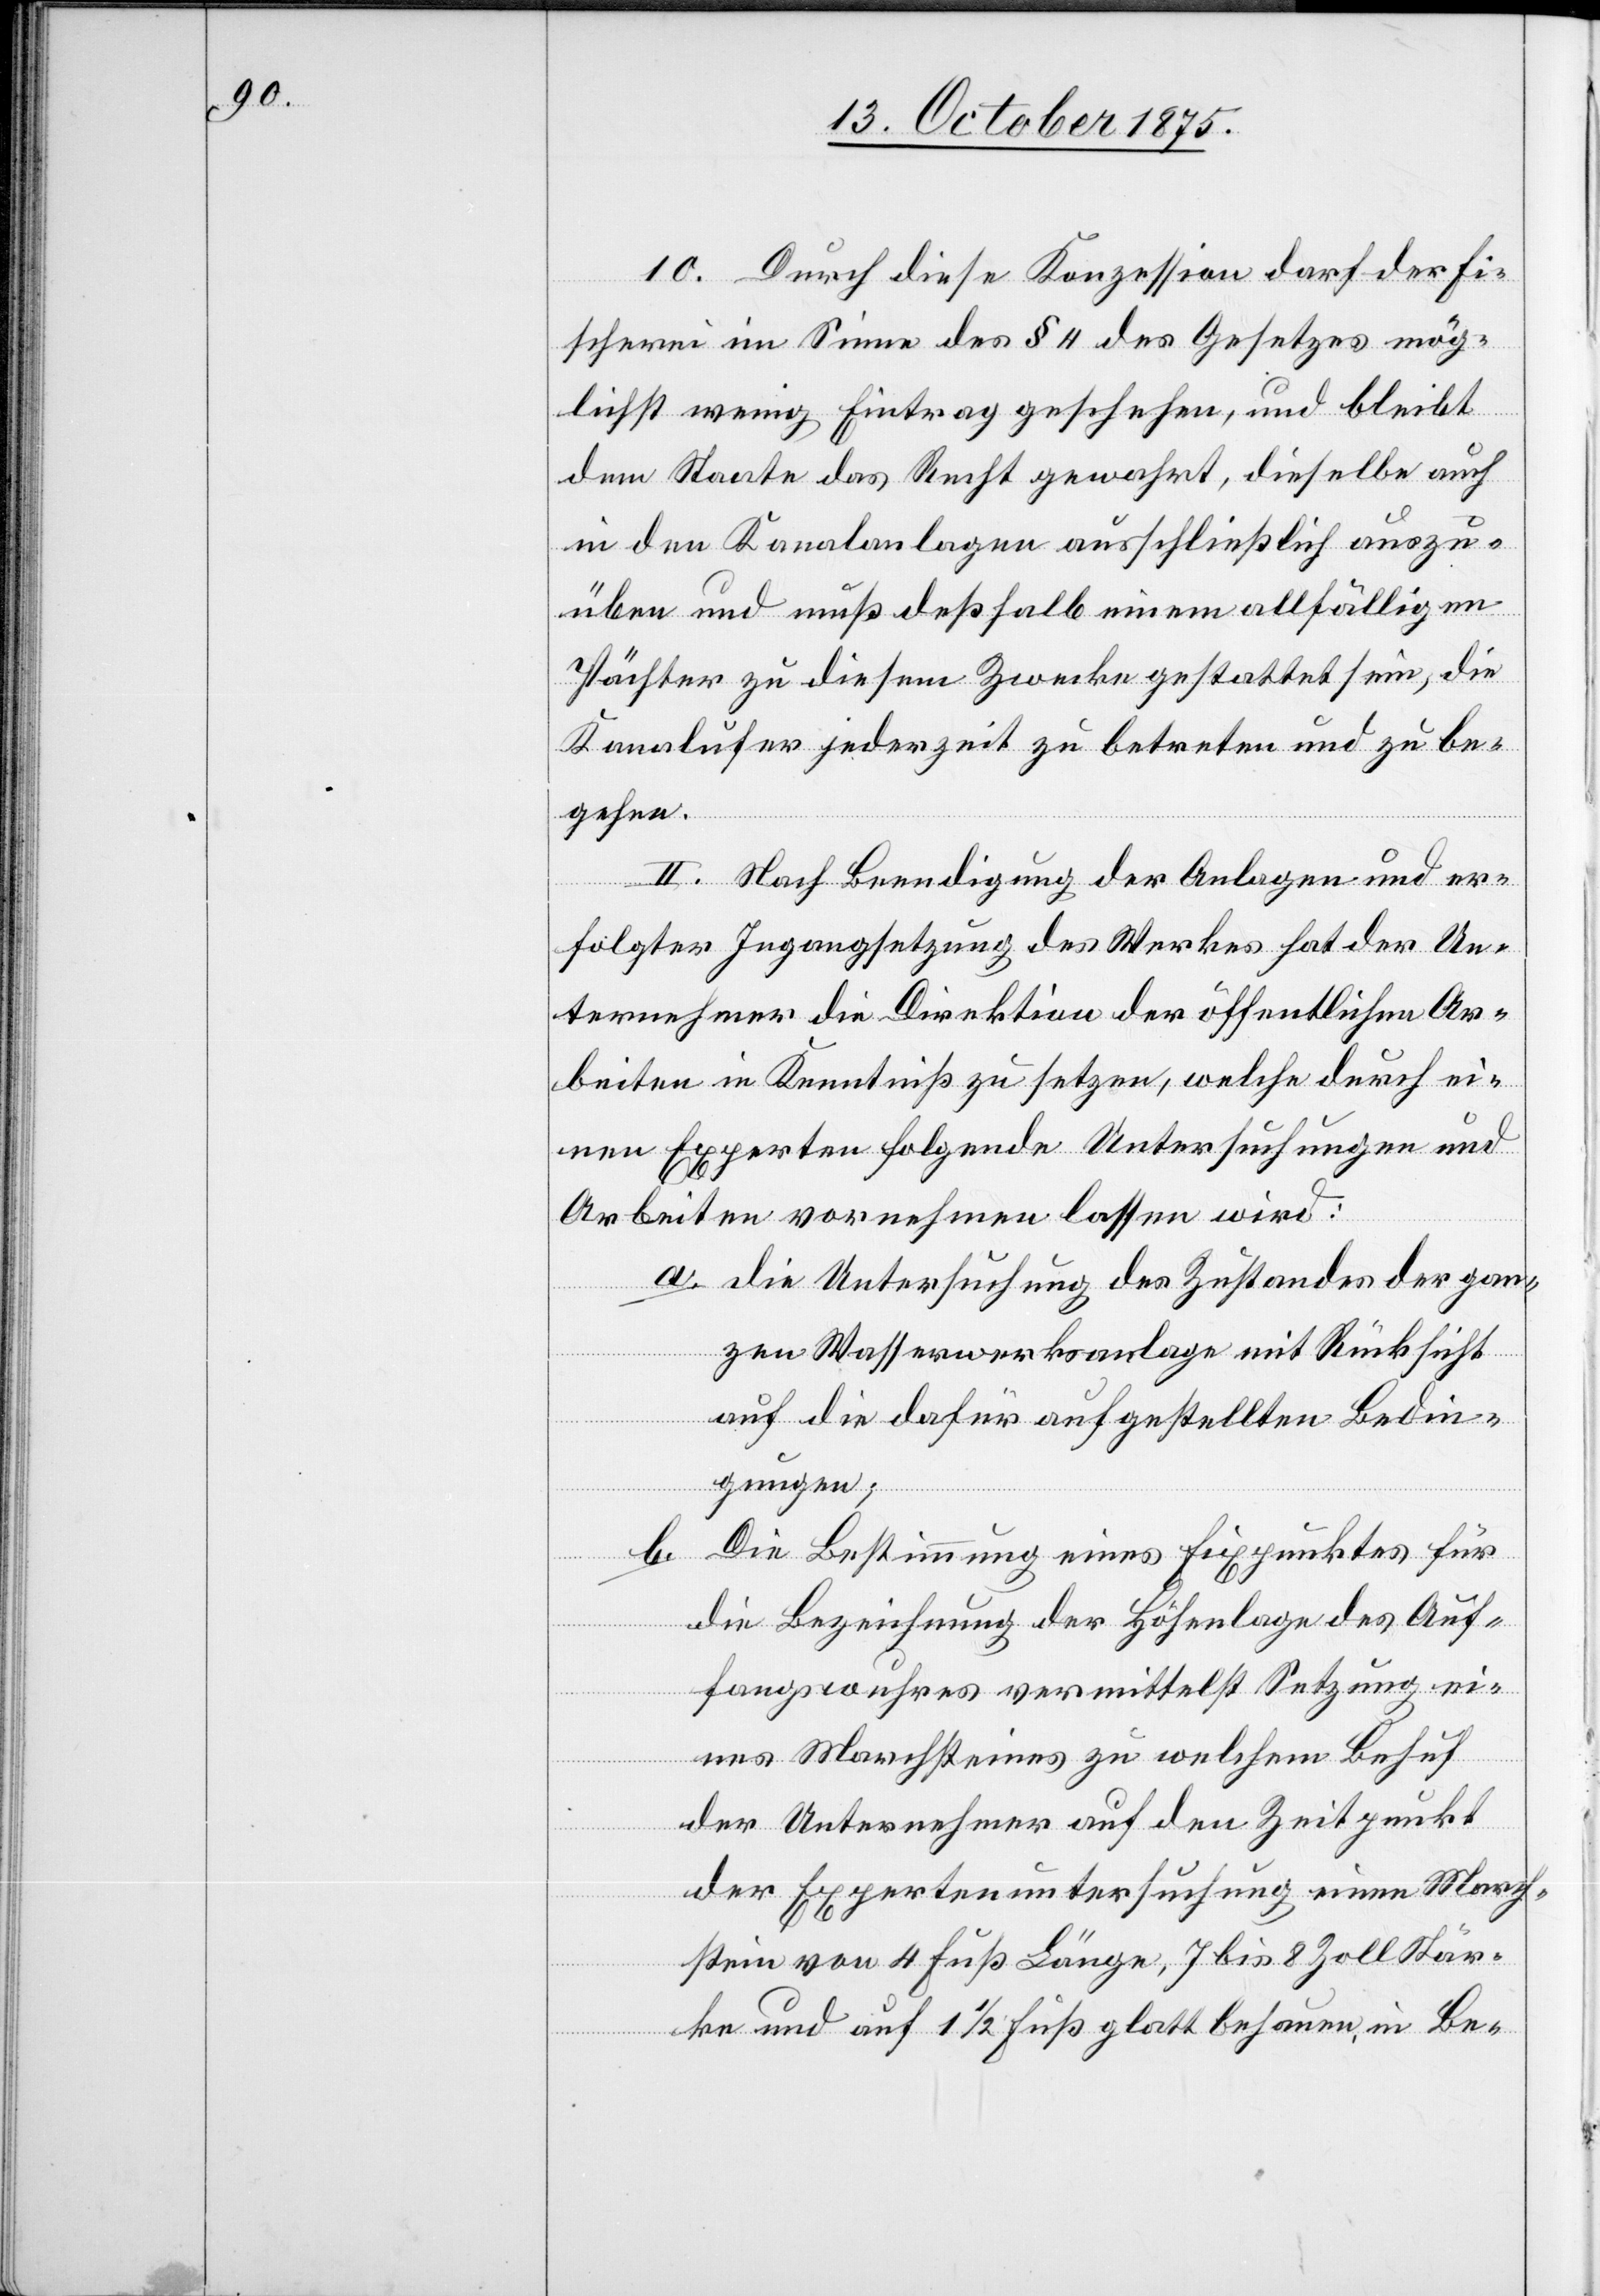
10. Durch diese Konzession darf der Fi¬
scherei im Sinne des § 4 des Gesetzes mög¬
lichst wenig Eintrag geschehen, und bleibt
dem Staate das Recht gewahrt, dieselbe auch
in den Kanalanlagen ausschließlich auszu¬
üben und muß deßhalb einem allfälligen
Pächter zu diesem Zwecke gestattet sein, die
Kanalufer jederzeit zu betreten und zu be¬
gehen.
II. Nach Beendigung der Anlagen und er¬
folgter Ingangsetzung des Werkes hat der Un¬
ternehmer die Direktion der öffentlichen Ar¬
beiten in Kenntniß zu setzen, welche durch ei¬
nen Experten folgende Untersuchungen und
Arbeiten vornehmen lassen wird:
a. die Untersuchung des Zustandes der gan¬
zen Wasserwerksanlage mit Rücksicht
auf die dafür aufgestellten Bedin¬
gungen;
b. Die Bestimmung eines Fixpunktes für
die Bezeichnung der Höhenlage des Auf¬
fangswuhres vermittelst Setzung ei¬
nes Marchsteines zu welchem Behuf
der Unternehmer auf den Zeitpunkt
der Expertenuntersuchung einen March¬
stein von 4 Fuß Länge, 7 bis 8 Zoll Stär¬
ke und auf 1 1/2 Fuß glatt behauen, in Be-